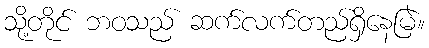
သို့တိုင် ဘဝသည် ဆက်လက်တည်ရှိနေမြဲ။